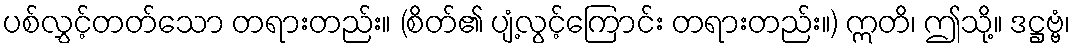
ပစ်လွှင့်တတ်သော တရားတည်း။ (စိတ်၏ ပျံ့လွင့်ကြောင်း တရားတည်း။) ဣတိ၊ ဤသို့။ ဒဋ္ဌဗ္ဗံ၊